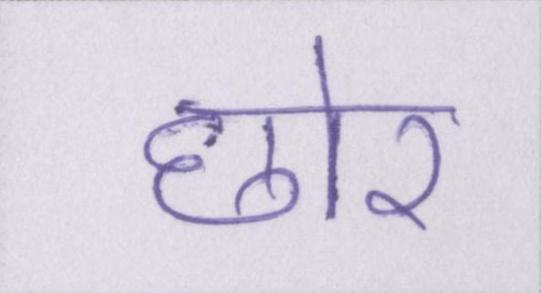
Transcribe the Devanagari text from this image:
छोर